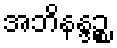
အဘိနန္ဒဉ္စ